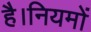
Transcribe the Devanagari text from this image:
है।नियमों